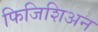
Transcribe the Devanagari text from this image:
फिजिशिअन